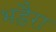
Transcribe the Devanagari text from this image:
भड़ैरा